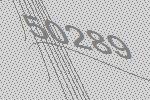
50289